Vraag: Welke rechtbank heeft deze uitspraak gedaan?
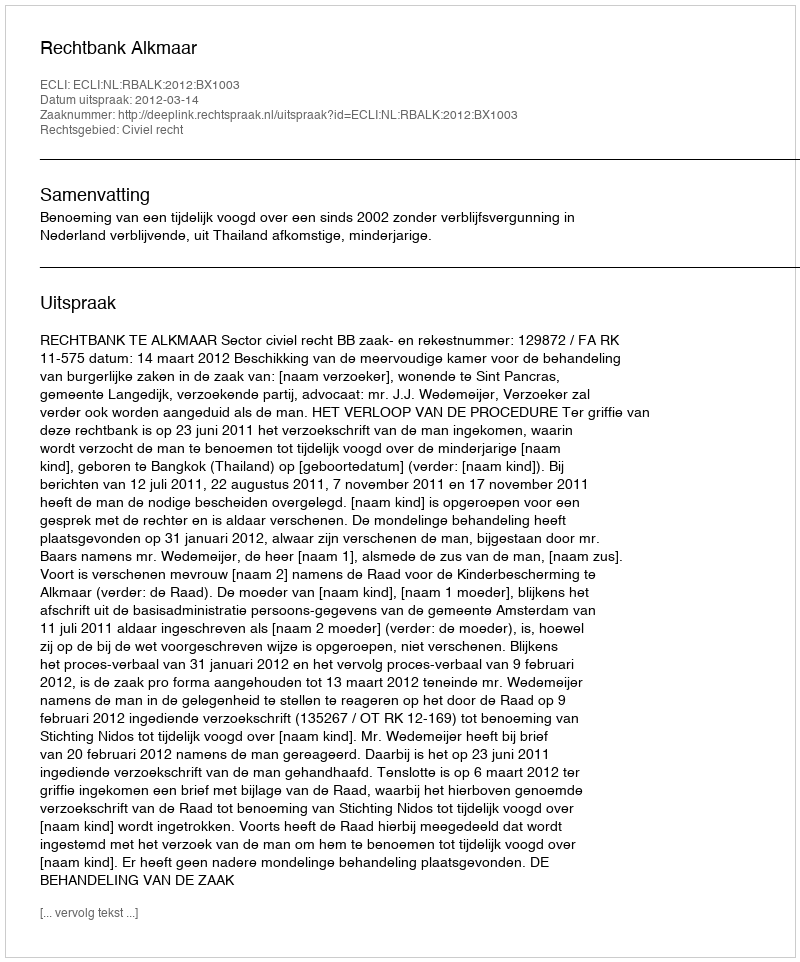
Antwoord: Rechtbank Alkmaar